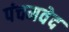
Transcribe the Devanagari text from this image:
पंचमवेद